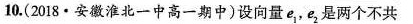
10.(2018 \cdot 安徽淮北一中高一期中)设向量e_{1}，e_{2}是两个不共